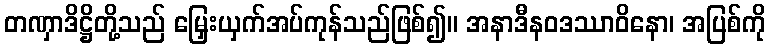
တဏှာဒိဋ္ဌိတို့သည် မြှေးယှက်အပ်ကုန်သည်ဖြစ်၍။ အနာဒီနဝဒဿာဝိနော၊ အပြစ်ကို